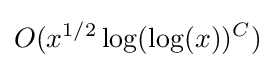
O(x^{1/2}\log(\log(x))^{C})